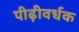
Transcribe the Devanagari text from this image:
पीढ़ीवर्धक